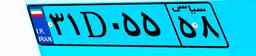
۳۱D۰۵۵۵۸